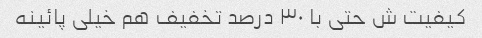
کیفیت ش حتی با ۳۰ درصد تخفیف هم خیلی پائینه